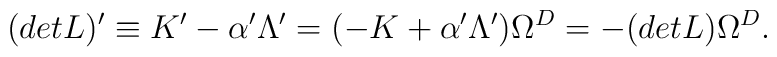
(detL)' \equiv K'-\alpha' \Lambda' =(-K+\alpha' \Lambda')\Omega^{D} =-(detL)\Omega^{D}.